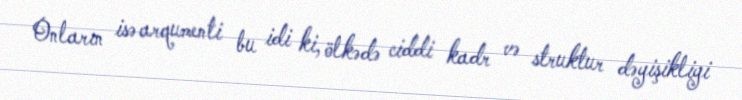
Onların isə arqumenti bu idi ki, ölkədə ciddi kadr və struktur dəyişikliyi